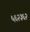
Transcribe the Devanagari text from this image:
५६२३६२